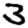
Digit: 3